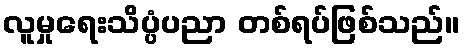
လူမှုရေးသိပ္ပံပညာ တစ်ရပ်ဖြစ်သည်။